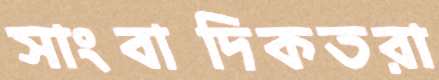
সাংবাদিকতরা